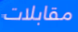
مقابلات